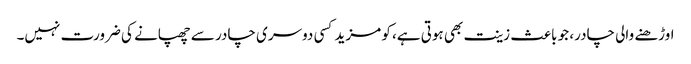
اوڑھنے والی چادر، جو باعث زینت بھی ہوتی ہے، کو مزید کسی دوسری چادر سے چھپانے کی ضرورت نہیں۔